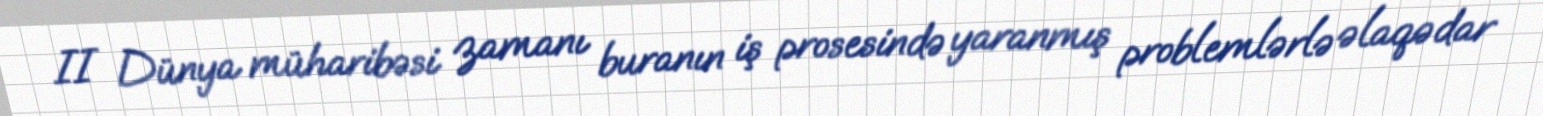
II Dünya müharibəsi zamanı buranın iş prosesində yaranmış problemlərlə əlaqədar